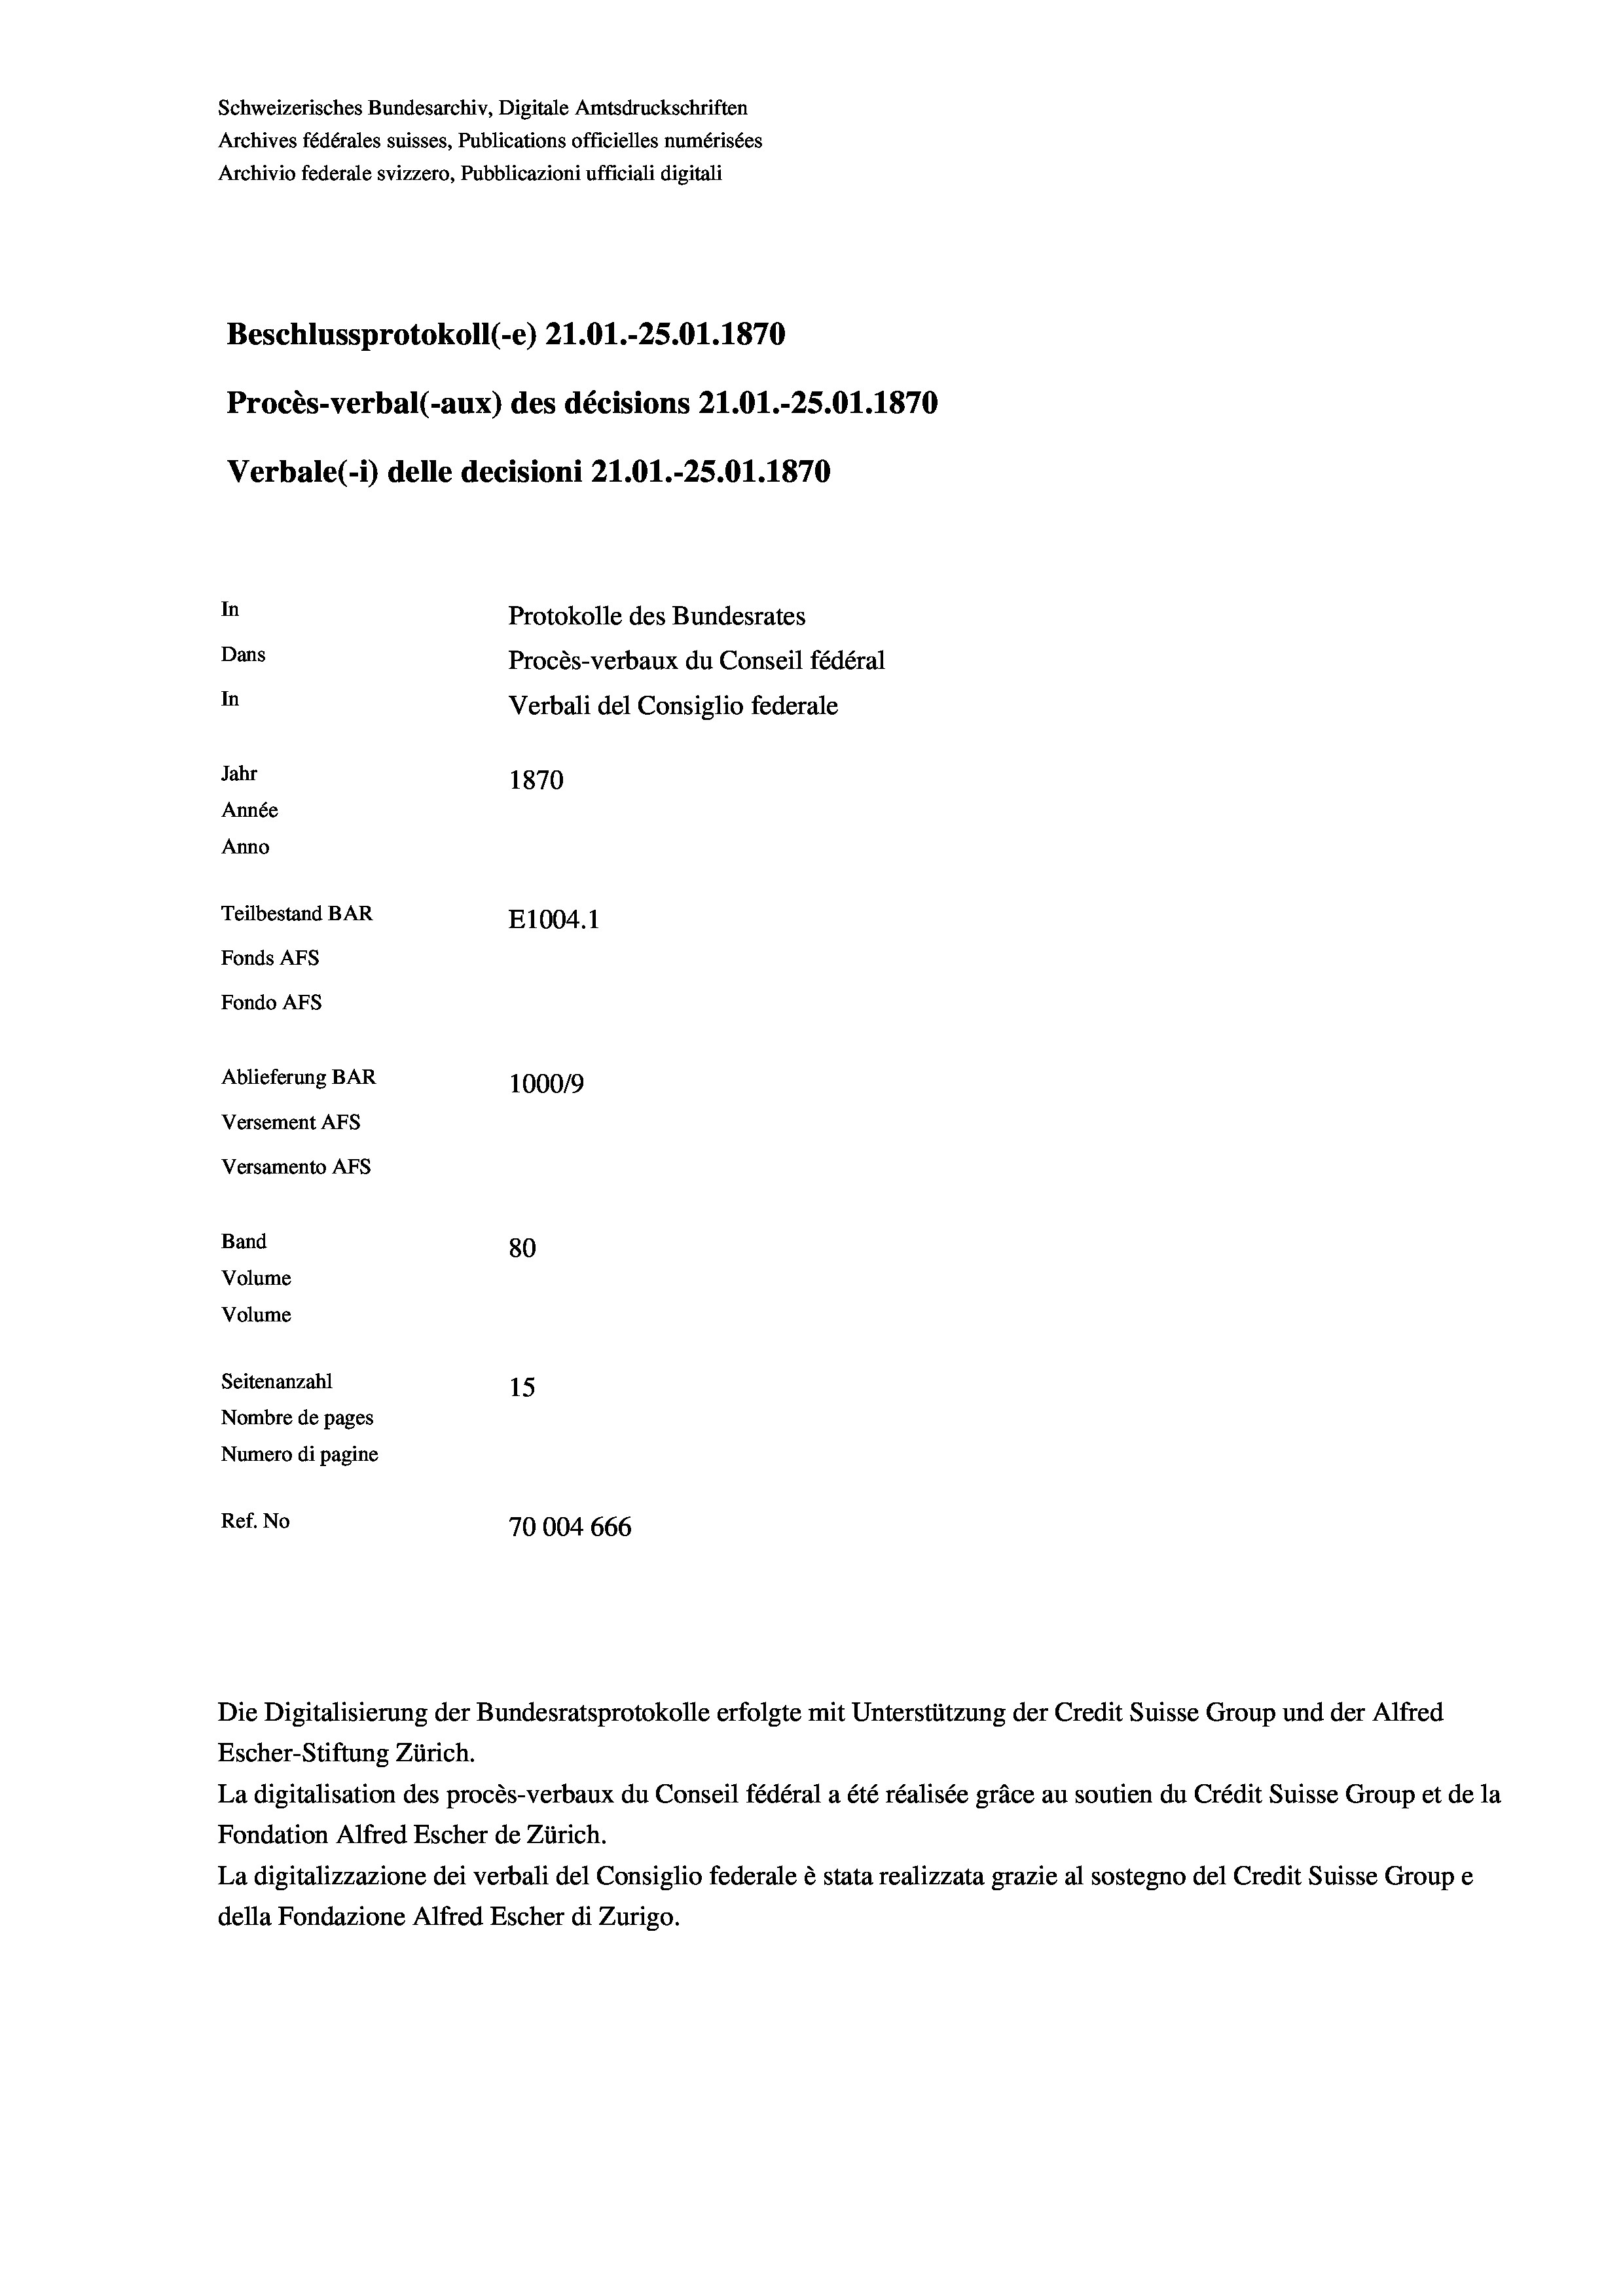
Schweizerisches Bundesarchiv, Digitale Amtsdruckschriften
Archives fédérales suisses, Publications officielles numérisées
Archivio federale svizzero, Pubblicazioni ufficiali digitali
Beschlussprotokoll (-e) 21.01.-25.01. 1870
Procès-verbal (-aux) des décisions 21.O1.-25.01.1870
Verbale(*) delle decisioni 21.O1.-25.01. 1870
In
Protokolle des Bundesrates
Dans
Procès-verbaux du Conseil fédéral
In
Verbali del Consiglio federale
Jahr
1870
Année
Anno
Teilbestand BAR
E1004.1
Fonds AFs
Fondo Afs
Ablieferung BAR
100019
Versement AFs
Versamento AFs
Band
80
Volume
Volume
Seitenanzahl
15
Nombre de pages
Numero di pagine
Ref. No
70004 666

Die Digitalisierung der Bundesratsprotokolle erfolgte mit Unterstützung der Credit Suisse Group und der Alfred
Escher-Stiftung Zürich.

La digitalisation des procès-verbaux du Conseil fédéral a été réalisée gräce au soutien du Crédit Suisse Group et de la
Fondation Alfred Escher de Zürich.
La digitalizzazione dei verbali del Consiglio federale è stata realizzata grazie al sostegno del Credit Suisse Groupe
della Fondazione Alfred Escher di Zurigo.